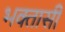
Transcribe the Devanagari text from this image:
भक्तासी